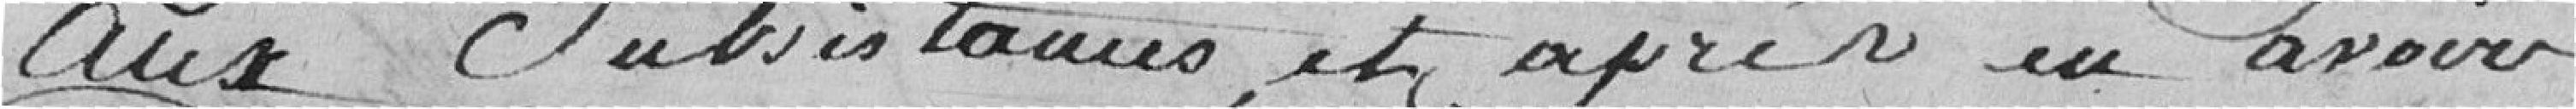
aux subsistances, et après en avoir